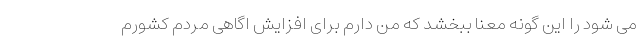
می شود را این گونه معنا ببخشد که من دارم برای افزایش اگاهی مردم کشورم